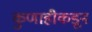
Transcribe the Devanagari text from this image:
कुणाहीकडून